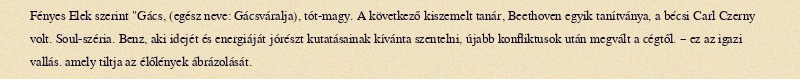
Fényes Elek szerint "Gács, (egész neve: Gácsváralja), tót-magy. A következő kiszemelt tanár, Beethoven egyik tanítványa, a bécsi Carl Czerny volt. Soul-széria. Benz, aki idejét és energiáját jórészt kutatásainak kívánta szentelni, újabb konfliktusok után megvált a cégtől. – ez az igazi vallás. amely tiltja az élőlények ábrázolását.